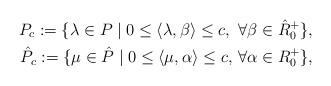
LaTeX: \begin{align*}{P_c}:=\{ \lambda \in P\mid 0\leq \langle \lambda,\beta\rangle\leq c,\ \forall\beta\in {\hat R_0^+}\},\\\hat P_c:={\{ \mu\in \hat P\mid 0\leq \langle \mu ,\alpha\rangle \leq c,\, \forall \alpha\in R_0^+\}} ,\end{align*}